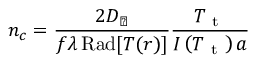
n _ { c } = \frac { 2 D _ { \perp } } { f \lambda \operatorname { R a d } [ T ( r ) ] } \frac { T _ { \mathrm { ~ t ~ } } } { I \left( T _ { \mathrm { ~ t ~ } } \right) a }